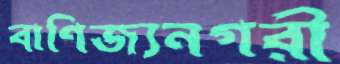
বাণিজ্যনগরী